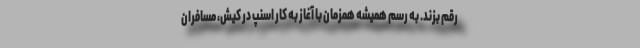
رقم بزند. به رسم همیشه همزمان با آغاز به کار اسنپ در کیش، مسافران